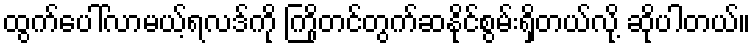
ထွက်ပေါ်လာမယ့်ရလဒ်ကို ကြိုတင်တွက်ဆနိုင်စွမ်းရှိတယ်လို့ ဆိုပါတယ်။